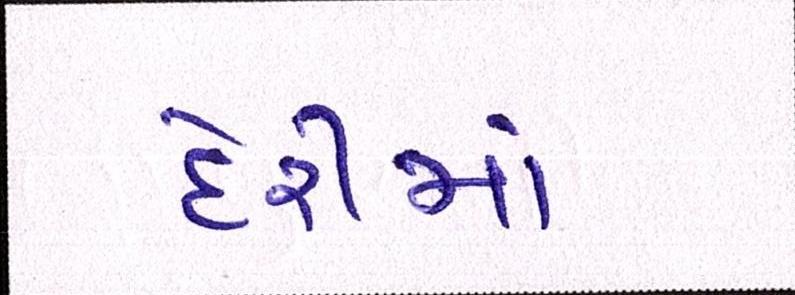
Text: દેરીમાં